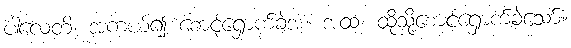
ပါလေတိ၊ အကယ်၍ စောင့်ရှောက်ခဲ့အံ့။ အထ၊ ထိုသို့စောင့်ရှောက်ခဲ့သော်။